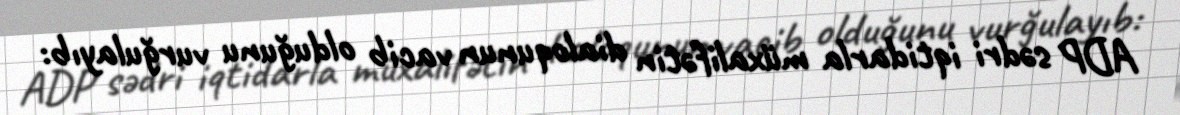
ADP sədri iqtidarla müxalifətin dialoqunun vacib olduğunu vurğulayıb: